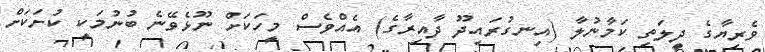
ވެރިޔާގެ ދީލަތި ކަމާނުލާ (އިނގުރައިދޫ ދާއިރާގެ) އެއްވެސް މީހަކަށް ނޫޅެވޭނެ ބުނުމަކީ ކުށަކަށް